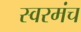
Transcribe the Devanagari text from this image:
स्वरमंच